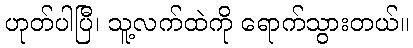
ဟုတ်ပါပြီ၊ သူ့လက်ထဲကို ရောက်သွားတယ်။